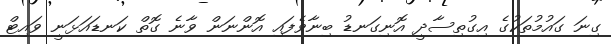
ގިނަ ގައުމުތަކުގެ އިގުތިސާދީ އޮނިގަނޑު ބިނާވެފައި އޮންނަން ވާނެ ގޮތް ކަނޑައަޅަނީ ވައިޓް